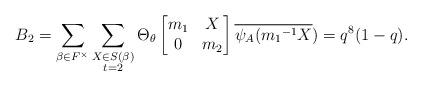
LaTeX: \begin{align*} B_{2}=\displaystyle \sum_{\beta \in F^{\times}} \sum_{\substack{X\in S(\beta) \\ t=2 }}\Theta_{\theta} \begin{bmatrix} m_{1} & X\\0 & m_{2}\end{bmatrix}\overline{\psi_{A}({m_{1}}^{-1}X})=q^{8}(1-q).\end{align*}